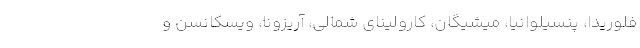
فلوریدا، پنسیلوانیا، میشیگان، کارولینای شمالی، آریزونا، ویسکانسن و